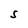
Character: S